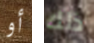
أو ذلك